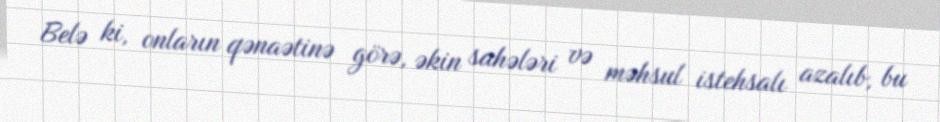
Belə ki, onların qənaətinə görə, əkin sahələri və məhsul istehsalı azalıb, bu